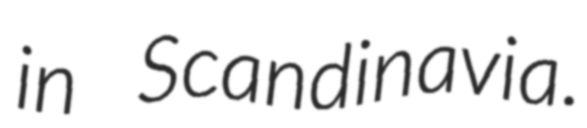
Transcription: in Scandinavia.